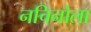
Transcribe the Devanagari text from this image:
नचिनोला